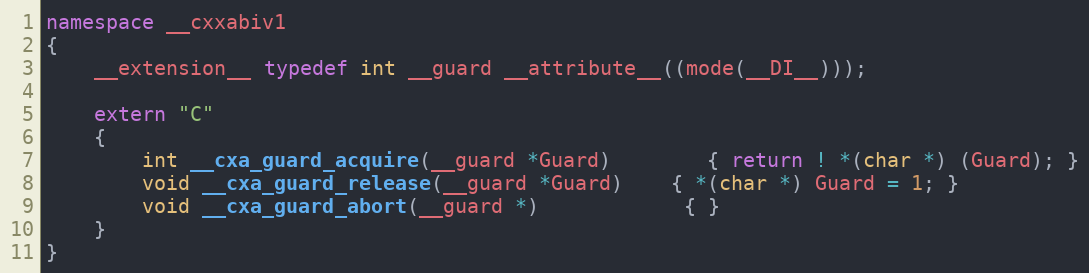
Language: C++
namespace __cxxabiv1
{
	__extension__ typedef int __guard __attribute__((mode(__DI__)));

	extern "C"
	{
		int __cxa_guard_acquire(__guard *Guard)		{ return ! *(char *) (Guard); }
		void __cxa_guard_release(__guard *Guard)	{ *(char *) Guard = 1; }
		void __cxa_guard_abort(__guard *)			{ }
	}
}